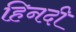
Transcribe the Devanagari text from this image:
हिनदी